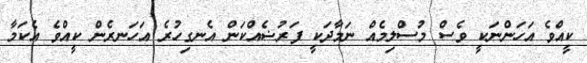
ކީއްވެ އަހަންނަކީ ވެސް މުސްލިމެއް ނަމާދަކީ ފަރުޟެއްކަން އެނގިހުރެ އަހަނރެން ކީއްވެ އެކަމާ